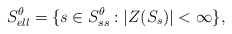
\begin{align*}S^{\theta}_{ell} = \{s \in S^{\theta}_{ss} : |Z(S_{s})| < \infty \},\end{align*}